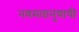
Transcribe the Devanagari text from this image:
नवमतानुयायी